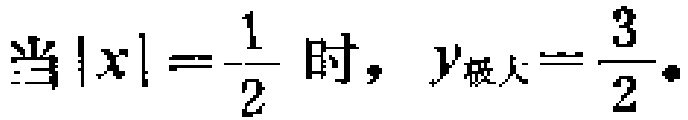
当\(|x| = \frac{1}{2}\) 时，\(y_{极大}=\frac{3}{2}\)